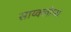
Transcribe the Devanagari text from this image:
साय्क्लोप्स